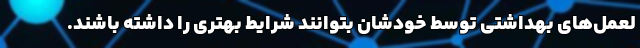
لعمل‌های بهداشتی توسط خودشان بتوانند شرایط بهتری را داشته باشند.